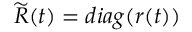
\widetilde { R } ( t ) = d i a g ( r ( t ) )